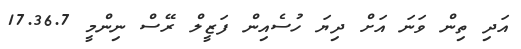
އަދި ތިން ވަނަ އަށް ދިޔަ ހުސެއިން ފަޒީލް ރޭސް ނިންމީ 17.36.7